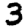
Digit: 3